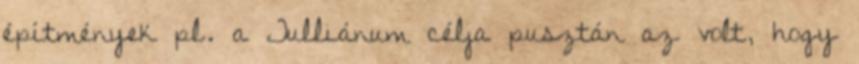
építmények pl. a Tulliánum célja pusztán az volt, hogy